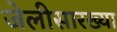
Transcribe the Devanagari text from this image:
जेलीसारख्या